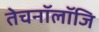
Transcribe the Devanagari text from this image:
तेचनॉलॉजि